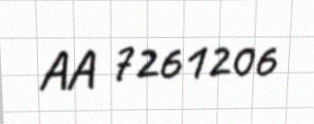
AA 7261206